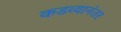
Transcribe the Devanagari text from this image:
कडव्यानंतर